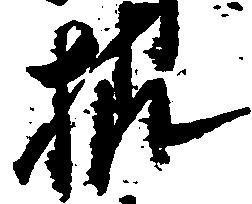
様